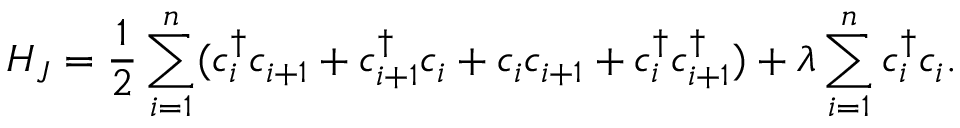
H _ { J } = \frac { 1 } { 2 } \sum _ { i = 1 } ^ { n } ( c _ { i } ^ { \dagger } c _ { i + 1 } + c _ { i + 1 } ^ { \dagger } c _ { i } + c _ { i } c _ { i + 1 } + c _ { i } ^ { \dagger } c _ { i + 1 } ^ { \dagger } ) + \lambda \sum _ { i = 1 } ^ { n } c _ { i } ^ { \dagger } c _ { i } .